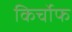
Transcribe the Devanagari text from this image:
किर्चोफ